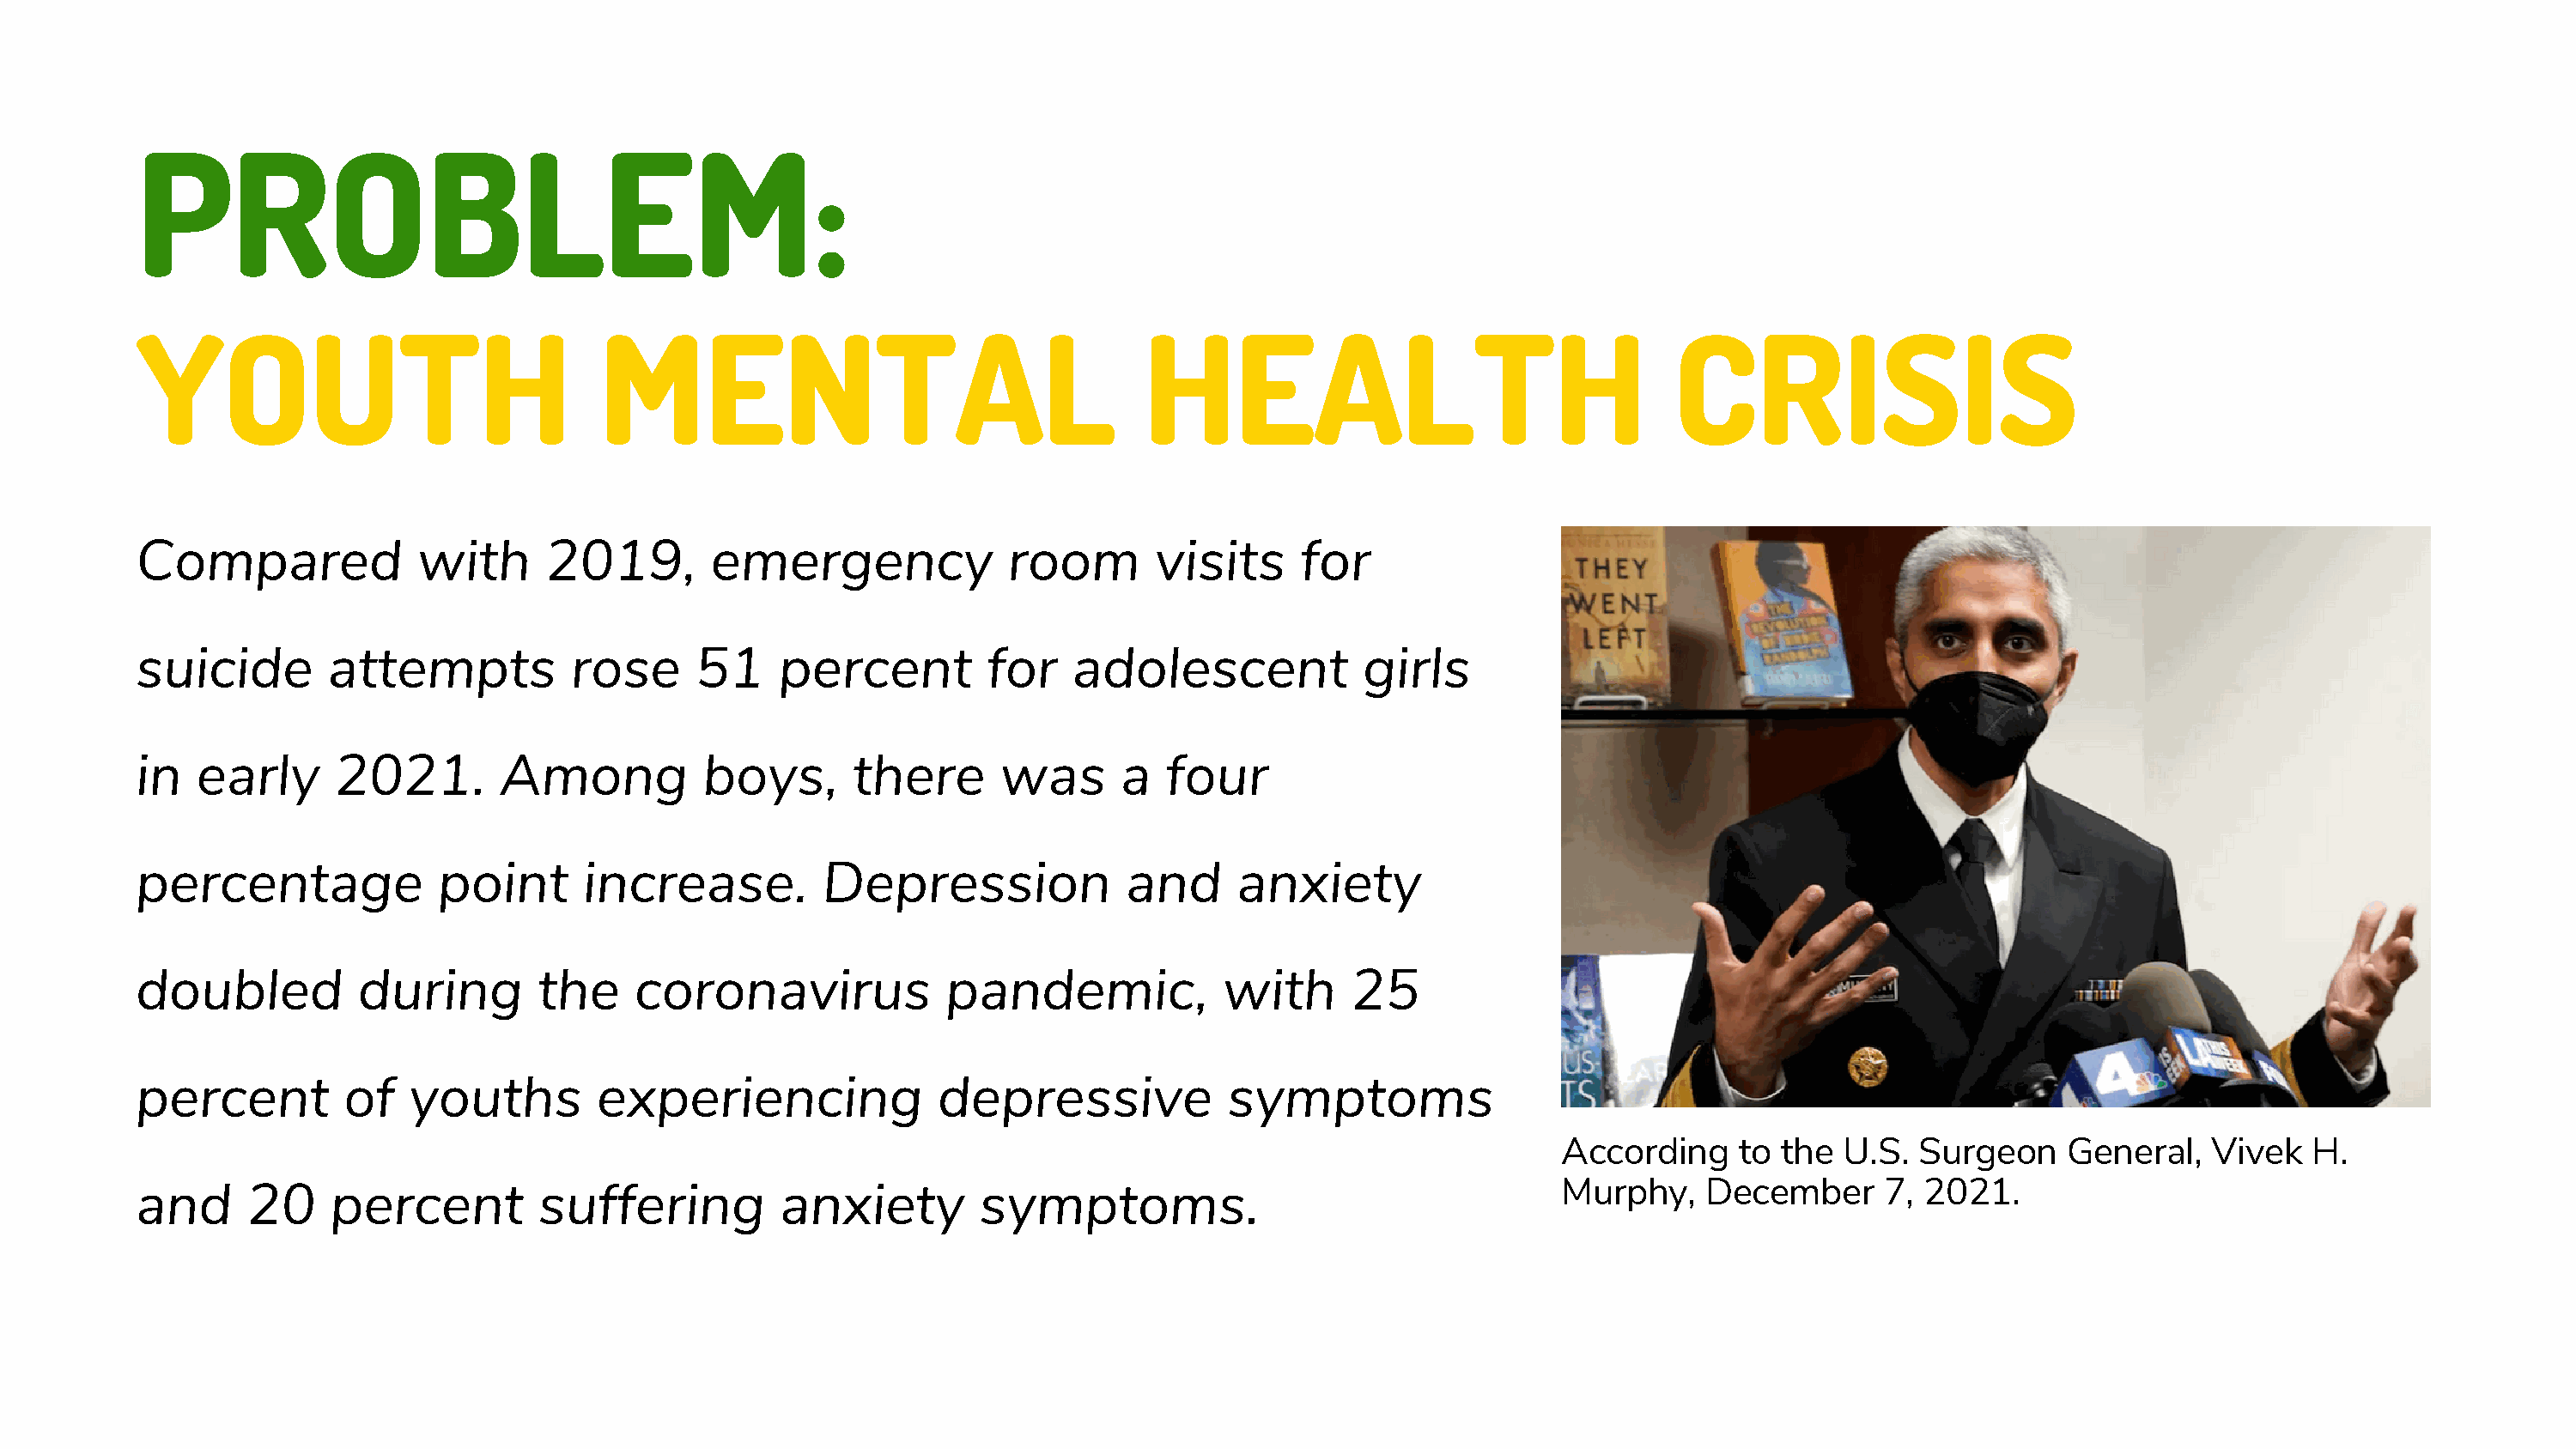
PROBLEM:
 YOUTH                               MENTAL                                    HEALTH                                   CRISIS
 Compared              with      2019,        emergency              room       visits     for
 suicide        attempts           rose      51    percent         for    adolescent            girls
 in   early      2021.        Among          boys,       there      was      a   four
 percentage              point      increase.         Depression              and     anxiety
 doubled           during       the     coronavirus             pandemic,            with      25
 percent          of   youths        experiencing              depressive             symptoms
 According     to the  U.S.  Surgeon    General,    Vivek  H.
 Murphy,    December      7, 2021.
 and      20    percent          suffering         anxiety         symptoms.